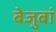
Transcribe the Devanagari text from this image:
बेजुबां